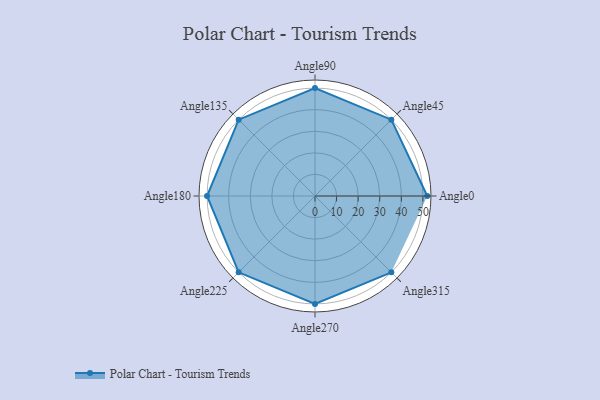
{"axis": {"x": "Angle", "y": "Radius"}, "legend": [""], "data": [{"x": "Angle0", "y": 52.0, "type": ""}, {"x": "Angle45", "y": 50, "type": ""}, {"x": "Angle90", "y": 50, "type": ""}, {"x": "Angle135", "y": 50, "type": ""}, {"x": "Angle180", "y": 50, "type": ""}, {"x": "Angle225", "y": 50, "type": ""}, {"x": "Angle270", "y": 50, "type": ""}, {"x": "Angle315", "y": 50, "type": ""}]}